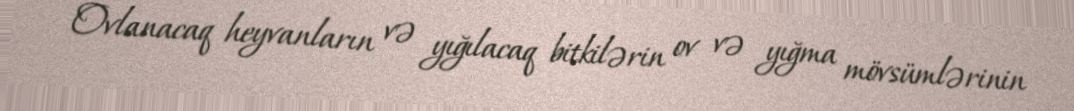
Ovlanacaq heyvanların və yığılacaq bitkilərin ov və yığma mövsümlərinin